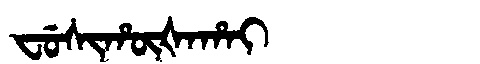
Manchu: ᠸᡠᠰᡳᡥᡡᡧᠠᡥᠠᡳ
Romanization: FUSIHŪŠAHAI